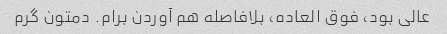
عالی بود، فوق العاده، بلافاصله هم آوردن برام. دمتون گرم